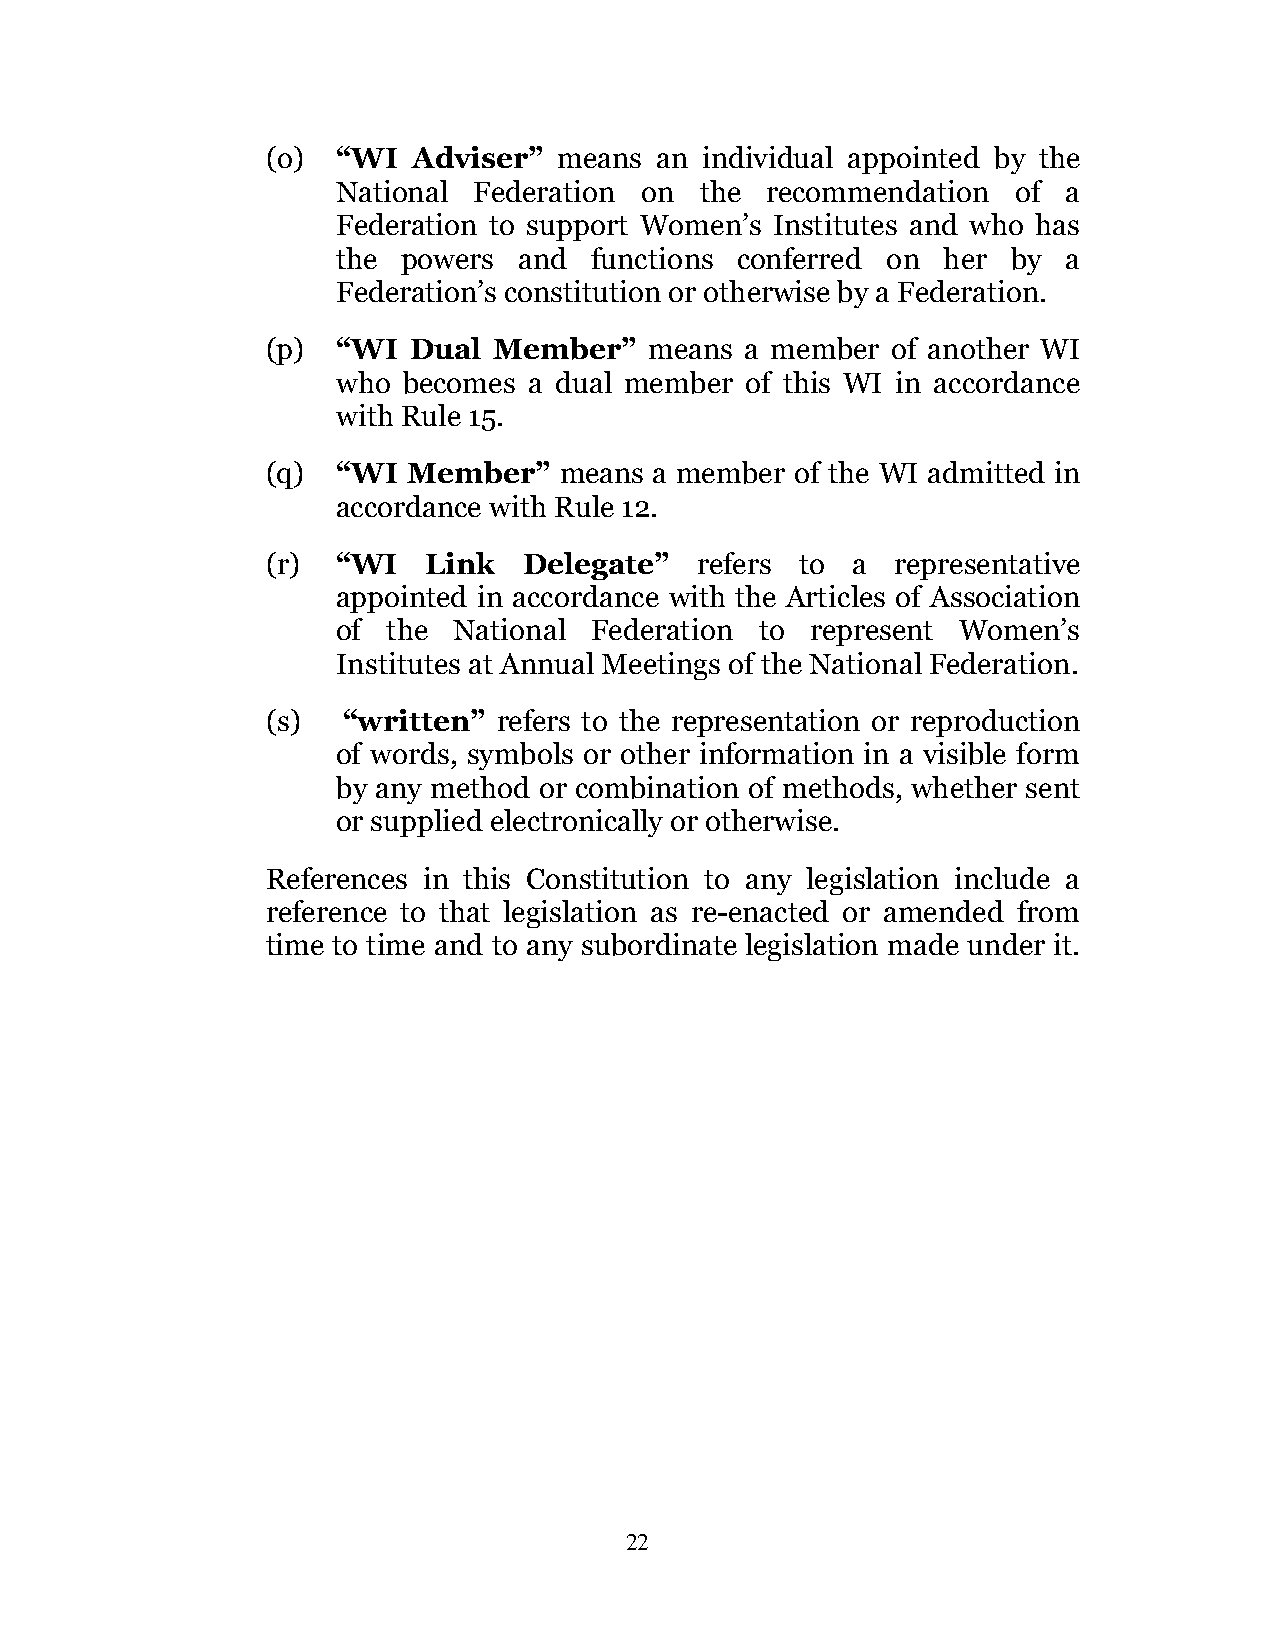
(o) “WI  Adviser”  means an  individual appointed by the
 National Federation on  the  recommendation  of  a
 Federation to support Women’s Institutes and who has
 the  powers and  functions conferred on her  by  a
 Federation’s constitution or otherwise by a Federation.
 (p) “WI  Dual  Member”   means a member  of another WI
 who  becomes a dual member of this WI in accordance
 with Rule 15.
 (q) “WI  Member”   means a member  of the WI admitted in
 accordance with Rule 12.
 (r) “WI   Link   Delegate”  refers to a  representative
 appointed in accordance with the Articles of Association
 of  the National Federation to  represent Women’s
 Institutes at Annual Meetings of the National Federation.
 (s)  “written” refers to the representation or reproduction
 of words, symbols or other information in a visible form
 by any method or combination of methods, whether sent
 or supplied electronically or otherwise.
 References in this Constitution to any legislation include a
 reference to that legislation as re-enacted or amended from
 time to time and to any subordinate legislation made under it.
 22